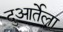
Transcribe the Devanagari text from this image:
दुआर्तेला